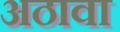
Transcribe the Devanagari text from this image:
अठावा